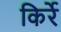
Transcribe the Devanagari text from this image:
किर्रे